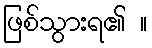
ဖြစ်သွားရ၏ ။